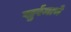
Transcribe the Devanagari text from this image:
खुर्रमाचे